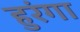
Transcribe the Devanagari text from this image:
हुरंगा